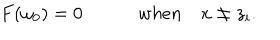
F ( \omega _ { 0 } ) = 0 \quad \quad \quad w h e n \quad x \neq z _ { i } .